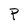
Character: P